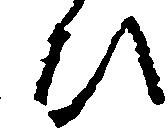
ひ